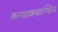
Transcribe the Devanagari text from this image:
कन्थाक्सान्थिन